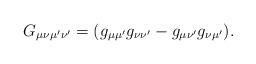
LaTeX: \begin{align*}G_{\mu\nu\mu'\nu'}=(g_{\mu\mu'}g_{\nu\nu'}-g_{\mu\nu'}g_{\nu\mu'}).\end{align*}